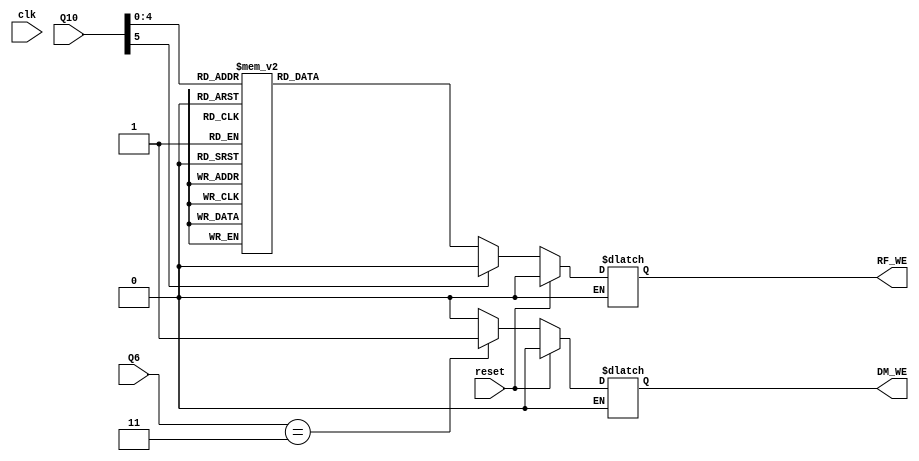
module ControlUnit(RF_WE, DM_WE, Q6, Q10,reset, clk);
    input[5:0] Q6, Q10;
//    input[31:0] ;
    input reset, clk;
    output RF_WE, DM_WE;
    //output [31:0] Q13;

    wire[5:0] D10;
    //reg[5:0] Q10;
    reg[31:0] Q13;
    reg RF_WE, DM_WE;

    always @*
    begin
        if(reset == 1) begin
            RF_WE <= 0;
            DM_WE <= 0;
        end
        else begin
            if(reset == 0) begin
                case(Q6)
                    0: DM_WE <= 0; //NOP
                    3: DM_WE <= 1; //Store
                    default: DM_WE <= 0; // BRA
                endcase
                case(Q10)
                    0: RF_WE <= 0; //NOP
                    1, 2, 4, 5, 6, 7, 8, 9, 10, 11, 12, 13, 14, 15, 16, 17, 18, 19, 20, 23, 24: RF_WE <= 1;
                    default: RF_WE <= 0; // BRA
                endcase
            end
        end
    end

endmodule